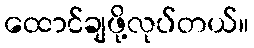
ထောင်ချဖို့လုပ်တယ်။